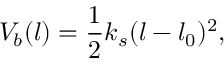
V _ { b } ( l ) = \frac { 1 } { 2 } k _ { s } ( l - l _ { 0 } ) ^ { 2 } ,